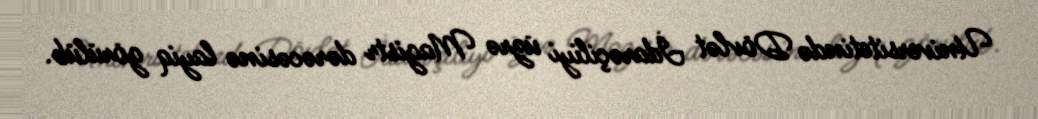
Universitetində Dövlət İdarəçiliyi üzrə Magistr dərəcəsinə layiq görülüb.